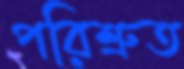
পরিশ্রুত